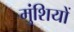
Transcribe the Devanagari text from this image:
मुंशियों